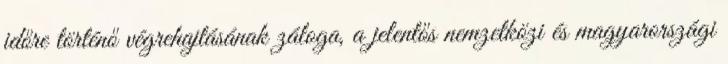
időre történő végrehajtásának záloga, a jelentős nemzetközi és magyarországi